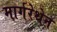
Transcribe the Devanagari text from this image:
मार्गरेथेन